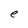
Character: e